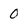
Character: 0